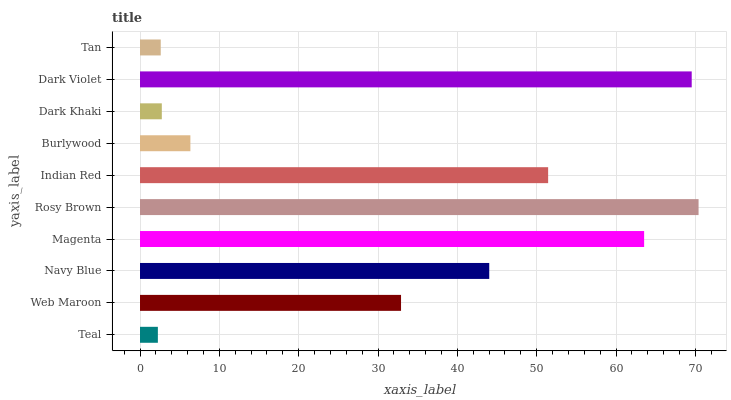
| yaxis_label | bars |
 | --- | --- |
 | Teal | 2.25 |
 | Web Maroon | 32.9 |
 | Navy Blue | 44 |
 | Magenta | 63.5 |
 | Rosy Brown | 70.4 |
 | Indian Red | 51.4 |
 | Burlywood | 6.35 |
 | Dark Khaki | 2.75 |
 | Dark Violet | 69.5 |
 | Tan | 2.62 |